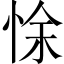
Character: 悇